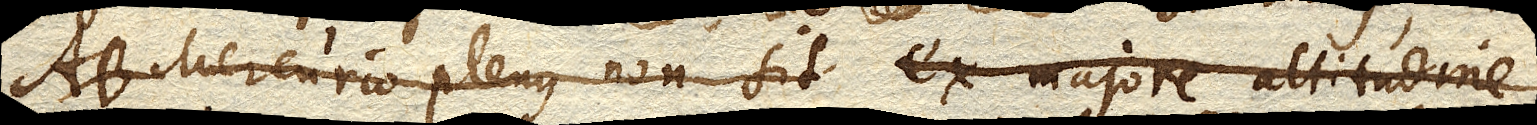
AB. Mercurio plenus non sit ex majore altitudine